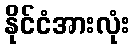
နိုင်ငံအားလုံး